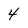
Character: 4